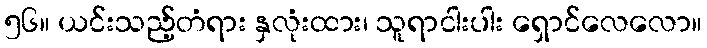
၅၆။ ယင်းသည့်တံရား နှလုံးထား၊ သူရာငါးပါး ရှောင်လေလော။